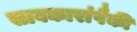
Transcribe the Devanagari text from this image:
सावकारांपैकी